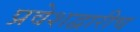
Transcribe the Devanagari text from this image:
प्रवेशद्वारीच